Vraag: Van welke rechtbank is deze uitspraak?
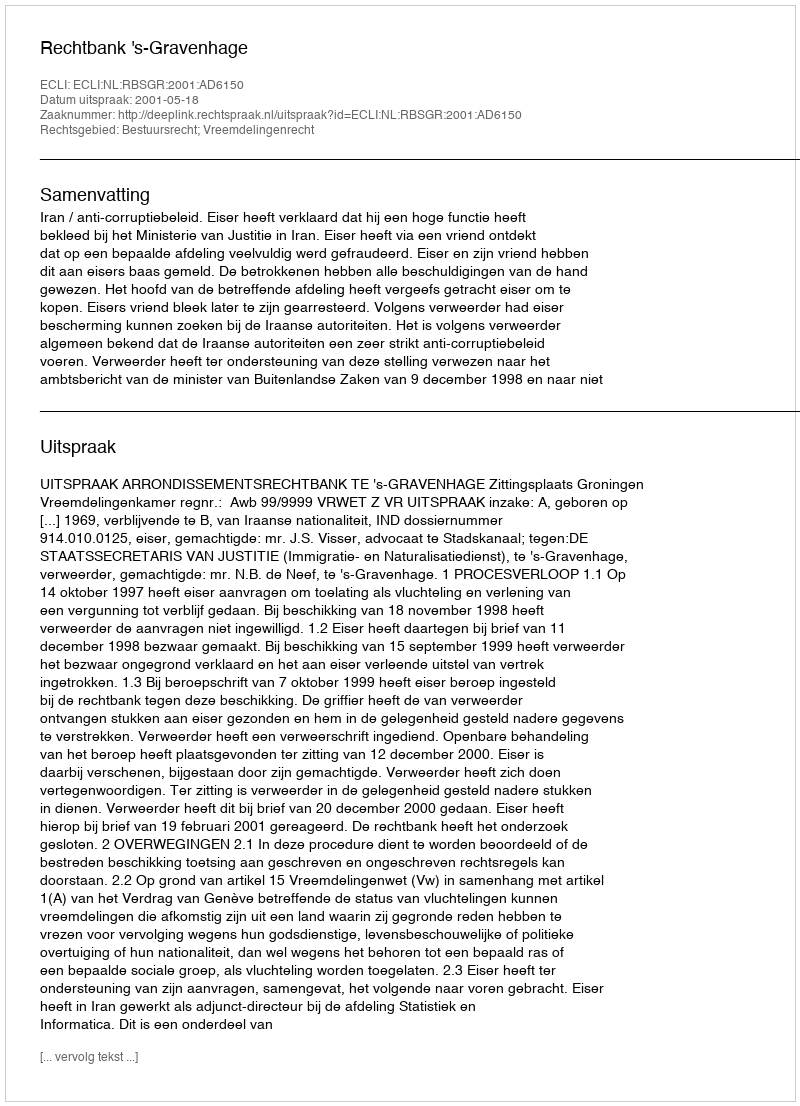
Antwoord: Rechtbank 's-Gravenhage